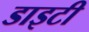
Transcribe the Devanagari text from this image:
डाइटी